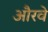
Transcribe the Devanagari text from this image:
औरवे